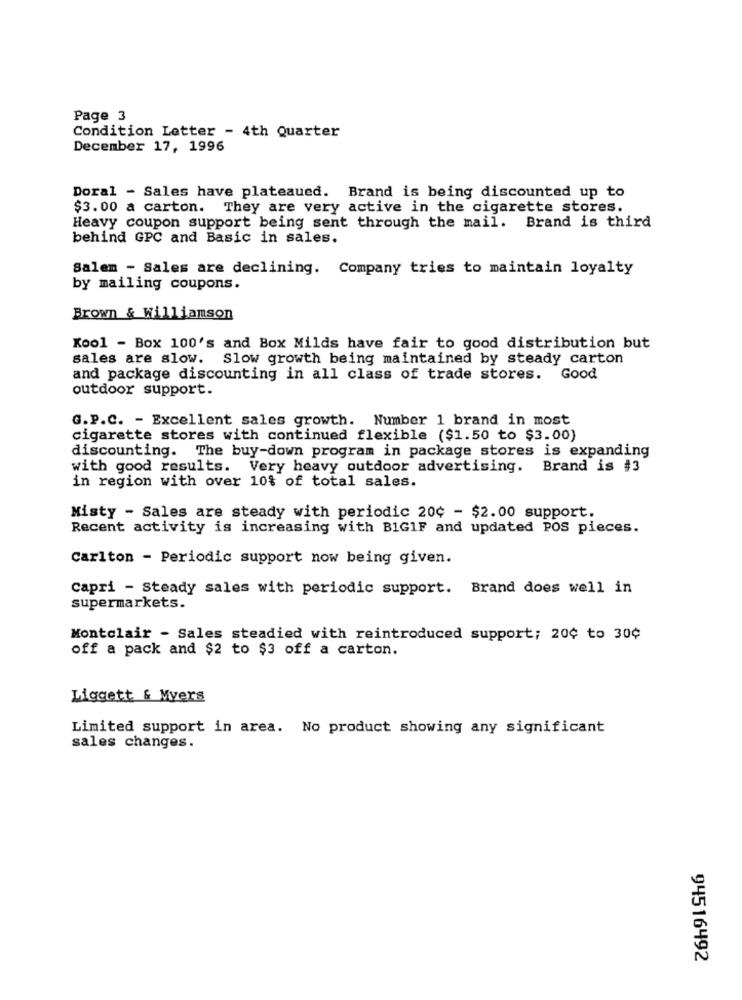
Page 3
Condition Letter - 4th Quarter
December 17, 1996
Doral - Sales have plateaued. Brand is being discounted up to
$3.00 a carton. They are very active in the cigarette stores.
Heavy coupon support being sent through the mail. Brand is third
behind GPC and Basic in sales.
Salem - Sales are declining. Company tries to maintain loyalty
by mailing coupons.
Brown & Williamson
Kool - Box 100's and Box Milds have fair to good distribution but
sales are slow. Slow growth being maintained by steady carton
and package discounting in all class of trade stores. Good
outdoor support.
G.P.C. - Excellent sales growth. Number 1 brand in most
cigarette stores with continued flexible ($1.50 to $3.00)
discounting. The buy-down program in package stores is expanding
with good results. Very heavy outdoor advertising. Brand is #3
in region with over 10% of total sales.
Misty - Sales are steady with periodic 20¢ - $2.00 support.
Recent activity is increasing with BIG1F and updated POS pieces.
Carlton - Periodic support now being given.
Capri - Steady sales with periodic support. Brand does well in
supermarkets.
Montclair - Sales steadied with reintroduced support; 20¢ to 30¢
off a pack and $2 to $3 off a carton.
Liggett & Mvers
Limited support in area. No product showing any significant
sales changes.
94516492